Scottish assistants in French and Prussian schools and colleges, 1912
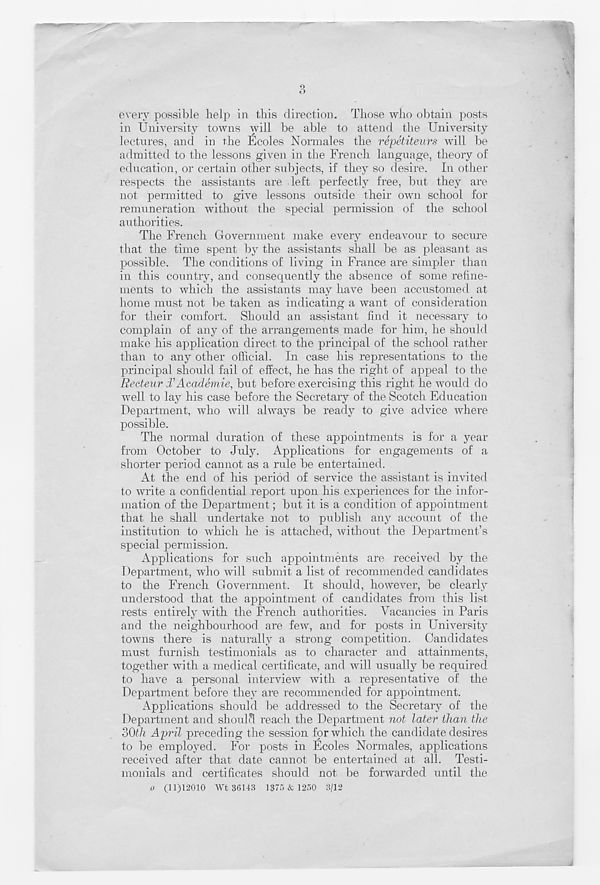
o
D
every possible help in this direction. Those who obtain posts
in University towns will be able to attend the University
lectures, and in the Ecoles Normales the repetiteurs will be
admitted to the lessons given in the French language, theory of
education, or certain other subjects, if they so desire. In other
respects the assistants are left perfectly free, imt they are
not permitted to give lessons outside their own school for
remuneration without the special permission of the school
authorities.
The French Government make every endeavour to secure
that the time spent by the assistants shall be as pleasant as
possible. The conditions of living in France are simpler than
in this country, and consequently the absence of some refine-
ments to which the assistants may have been accustomed at
home must not be taken as indicating a want of consideration
for their comfort. Should an assistant find it necessary to
complain of any of the arrangements made for him, he should
make his application direct to the principal of the school rather
than to any other official. In case his representations to the
principal should fail of effect, he has the right of appeal to the
Reeteur £Academie, but before exercising this right he would do
well to lay his case before the Secretary of the Scotch Education
Department, who will always be ready to give advice where
possible.
The normal duration of these appointments is for a year
from October to July. Applications for engagements of a
shorter period cannot as a rule be entertained.
At the end of his period of service the assistant is invited
to write a confidential report upon his experiences for the infor-
mation of the Department; but it is a condition of appointment
that he shall undertake not to publish any account of the
institution to which he is attached, without the Department’s
special permission.
Applications for such appointments are received by the
Department, who will submit a list of recommended candidates
to the French Government. It should, however, be clearly
understood that the appointment of candidates from this list
rests entirely with the French authorities. Vacancies in Paris
and the neighbourhood are few, and for posts in University
towns there is naturally a strong competition. Candidates
must furnish testimonials as to character and attainments,
together with a medical certificate, and will usually be required
to have a personal interview with a representative of the
Department before they are recommended for appointment.
Applications should be addressed to the Secretary of the
Department and should reach the Department not later than the
oOth April preceding the session for which the candidate desires
to be employed. For posts in Ecoles Normales, applications
received after that date cannot be entertained at all. Testi-
monials and certificates should not be forwarded until the
o (11)12010 Wt B6143 1375 & 1250 3/12